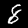
Digit: 8